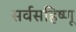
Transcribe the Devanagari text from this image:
सर्वसहिष्णू